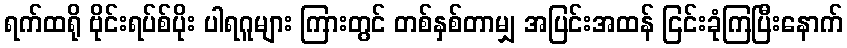
ရက်ထရို ဗိုင်းရပ်စ်ပိုး ပါရဂူများ ကြားတွင် တစ်နှစ်တာမျှ အပြင်းအထန် ငြင်းခုံကြပြီးနောက်